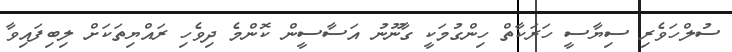
ސުލްހަވެރި ސިޔާސީ ހަރަކާތް ހިންގުމަކީ ގާނޫނު އަސާސީން ކޮންމެ ދިވެހި ރައްޔިތަކަށް ލިބިފައިވާ